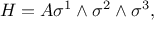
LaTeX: H = A \sigma ^ { 1 } \wedge \sigma ^ { 2 } \wedge \sigma ^ { 3 } ,